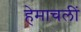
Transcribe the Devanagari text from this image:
हेमाचलीं